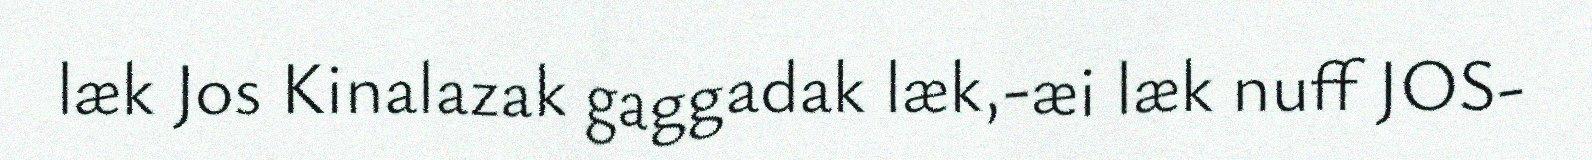
læk Jos Kinalazak gaggadak læk,-æi læk nuff JOS-